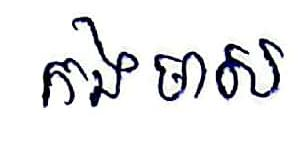
កងមាស